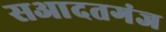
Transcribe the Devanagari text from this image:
सआदतगंज